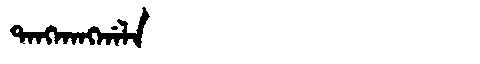
Manchu: ᡨᠠᠩᡴᠠᠩᡤᠠᠯᠠ
Romanization: TANGKANGGALA